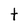
Character: t